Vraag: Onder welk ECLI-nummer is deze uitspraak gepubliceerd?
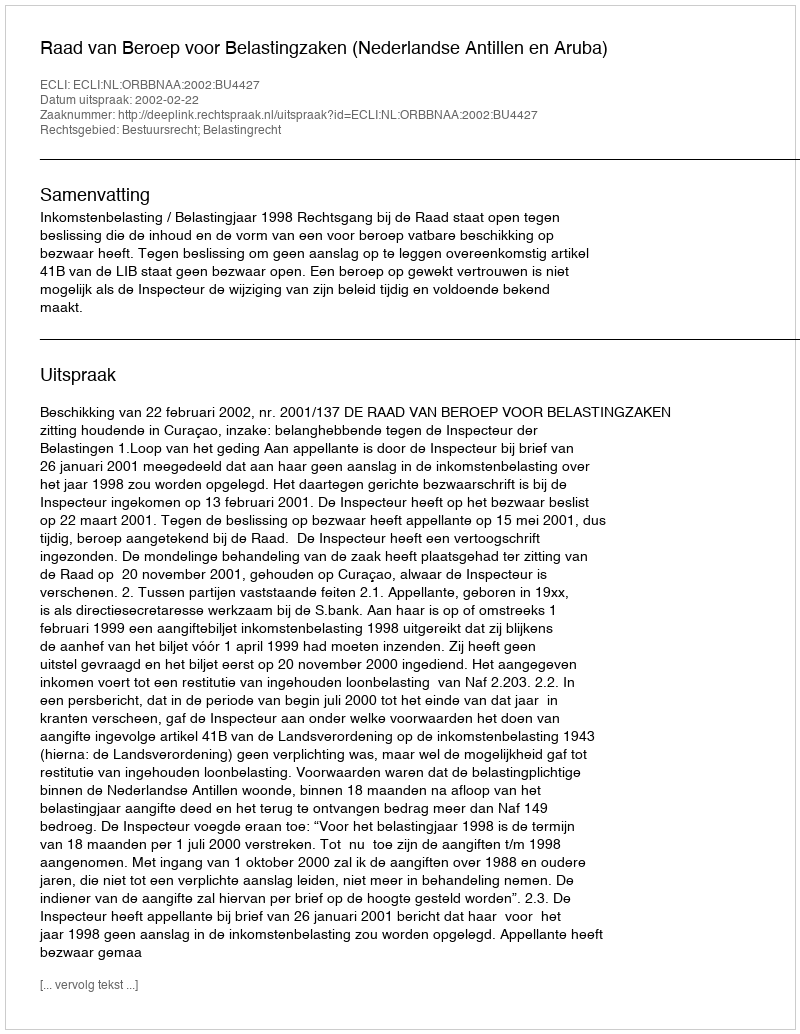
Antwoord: ECLI:NL:ORBBNAA:2002:BU4427